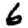
Digit: 6